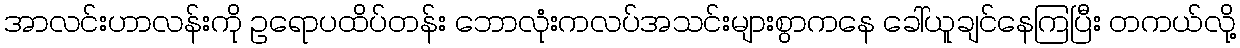
အာလင်းဟာလန်းကို ဥရောပထိပ်တန်း ဘောလုံးကလပ်အသင်းများစွာကနေ ခေါ်ယူချင်နေကြပြီး တကယ်လို့